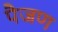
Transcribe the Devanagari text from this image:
पैजण